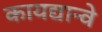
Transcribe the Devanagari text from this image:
कायद्यान्वे